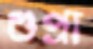
শুপ্রা